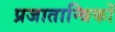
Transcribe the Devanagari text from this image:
प्रजातान्त्रिकों